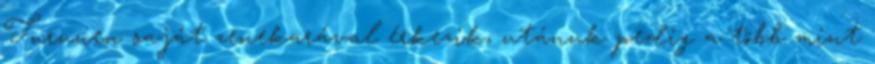
Turunen saját zenekarával érkezik, utánuk pedig a több mint